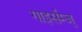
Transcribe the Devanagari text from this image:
गाइर्सम्ज्